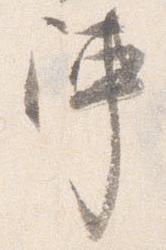
陣